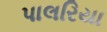
પાલરિયા